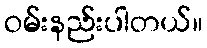
ဝမ်းနည်းပါတယ်။